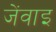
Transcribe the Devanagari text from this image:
जेंवाइ